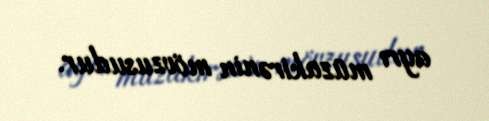
ayrı müzakirənin mövzusudur.